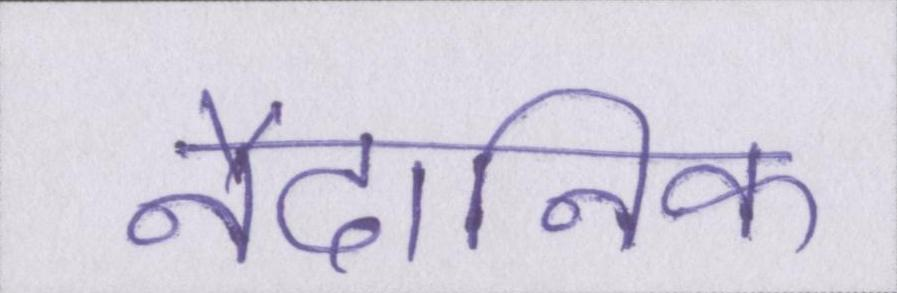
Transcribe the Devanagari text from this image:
नैदानिक